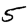
Digit: 5